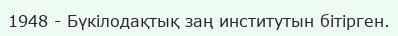
1948 - Бүкілодақтық заң институтын бітірген.